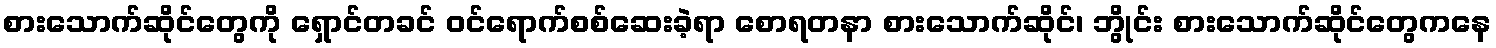
စားသောက်ဆိုင်တွေကို ရှောင်တခင် ဝင်ရောက်စစ်ဆေးခဲ့ရာ စောရတနာ စားသောက်ဆိုင်၊ ဘွိုင်း စားသောက်ဆိုင်တွေကနေ